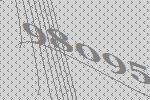
98095